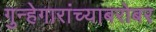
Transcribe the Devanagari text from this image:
गुन्हेगारांच्याबरोबर